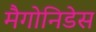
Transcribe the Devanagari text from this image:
मैगोनिडेस